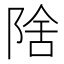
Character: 𱀛